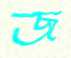
জ